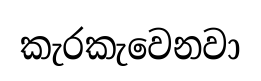
කැරකැවෙනවා